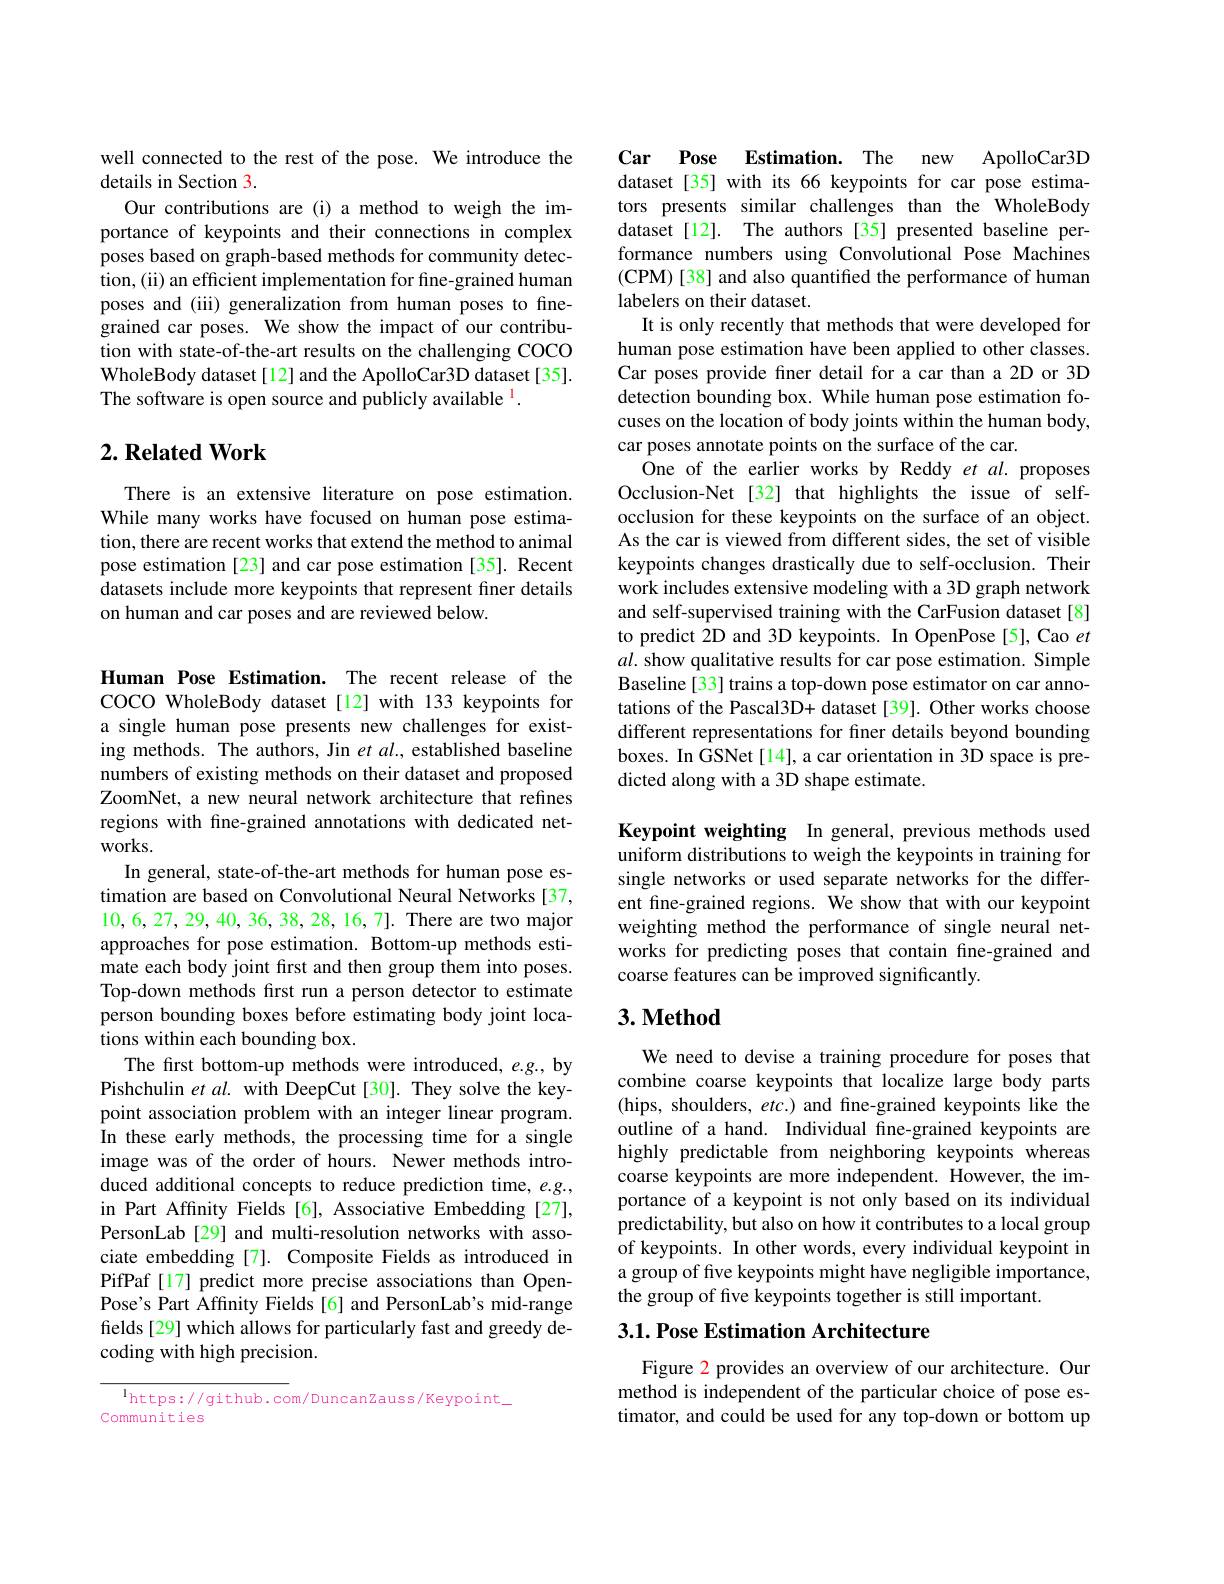
well connected to the rest of the pose. We introduce the
details in Section 3.
Our contributions are (i) a method to weigh the importance of keypoints and their connections in complex poses based on graph-based methods for community detection, (ii) an efficient implementation for fine-grained human poses and (iii) generalization from human poses to finegrained car poses. We show the impact of our contribution with state-of-the-art results on the challenging COCO WholeBody dataset[12] and the ApolloCar3D dataset[35]. The software is open source and publicly available $^{\mathrm{l}}.$

## $2. \textbf{Related Work}$

There is an extensive literature on pose estimation. While many works have focused on human pose estimation, there are recent works that extend the method to animal pose estimation [23] and car pose estimation [35]. Recent datasets include more keypoints that represent finer details on human and car poses and are reviewed below.

Human Pose Estimation. The recent release of the COCO WholeBody dataset[12] with 133 keypoints for a single human pose presents new challenges for existing methods. The authors, Jin $etal.$, established baseline numbers of existing methods on their dataset and proposed ZoomNet, a new neural network architecture that refines regions with fine-grained annotations with dedicated networks.
In general, state-of-the-art methods for human pose estimation are based on Convolutional Neural Networks [37, 10,6,27,29,40,36,38,28,16,7]. There are two major approaches for pose estimation. Bottom-up methods estimate each body joint frst and then group them into poses. Top-down methods first run a person detector to estimate person bounding boxes before estimating body joint locations within each bounding box.
The first bottom-up methods were introduced, e.g., by Pishchulin et $al.$ with DeepCut[30]. They solve the keypoint association problem with an integer linear program. In these early methods, the processing time for a single image was of the order of hours. Newer methods introduced additional concepts to reduce prediction time, e.g., in Part Affinity Fields [6], Associative Embedding [27], PersonLab [29] and multi-resolution networks with associate embedding [7]. Composite Fields as introduced in PifPaf[17] predict more precise associations than OpenPose's Part Affinity Fields[6] and PersonLab's mid-range fields [29] which allows for particularly fast and greedy decoding with high precision.

$^{\mathrm{l}}$https://github.com/DuncanZauss/Keypoint\_
Communities

Car Pose
Estimation. The new ApolloCar3D
dataset[35] with its 66 keypoints for car pose estimators presents similar challenges than the WholeBody dataset[12]. The authors [35] presented baseline performance numbers using Convolutional Pose Machines (CPM) [38] and also quantified the performance of human labelers on their dataset.
It is only recently that methods that were developed for human pose estimation have been applied to other classes. Car poses provide fıner detail for a car than a 2D or 3D detection bounding box. While human pose estimation focuses on the location of body joints within the human body, car poses annotate points on the surface of the car.
One of the earlier works by Reddy $et$ al.proposes Occlusion-Net [32] that highlights the issue of selfocclusion for these keypoints on the surface of an object. As the car is viewed from different sides, the set of visible keypoints changes drastically due to self-occlusion. Their work includes extensive modeling with a 3D graph network and self-supervised training with the CarFusion dataset[8] to predict 2D and 3D keypoints. In OpenPose[5], Cao et $al.$ show qualitative results for car pose estimation. Simple Baseline[33] trains a top-down pose estimator on car annotations of the Pascal3D+ dataset [39]. Other works choose different representations for finer details beyond bounding boxes. In GSNet[14], a car orientation in 3D space is predicted along with a 3D shape estimate.

Keypoint weighting In general, previous methods used uniform distributions to weigh the keypoints in training for single networks or used separate networks for the different fine-grained regions. We show that with our keypoint weighting method the performance of single neural networks for predicting poses that contain fne-grained and coarse features can be improved significantly.

## $3. \textbf{Method}$

We need to devise a training procedure for poses that combine coarse keypoints that localize large body parts (hips, shoulders, $etc.)$ and fine-grained keypoints like the outline of a hand. Individual fine-grained keypoints are highly predictable from neighboring keypoints whereas coarse keypoints are more independent. However, the importance of a keypoint is not only based on its individual predictability, but also on how it contributes to a local group of keypoints. In other words, every individual keypoint in a group of five keypoints might have negligible importance, the group of five keypoints together is still important.

## 3.1. Pose Estimation Architecture

Figure 2 provides an overview of our architecture. Our method is independent of the particular choice of pose estimator, and could be used for any top-down or bottom up